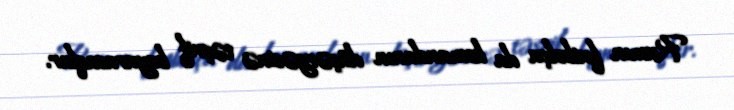
Rumın futbolçu da komandanın düşərgəsinə təşrif buyuracaqlar.